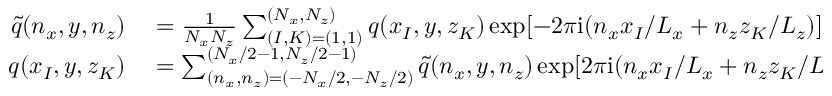
\begin{array} { r l } { \tilde { q } ( n _ { x } , y , n _ { z } ) } & { { } = \frac { 1 } { N _ { x } N _ { z } } \sum _ { ( I , K ) = ( 1 , 1 ) } ^ { ( N _ { x } , N _ { z } ) } q ( x _ { I } , y , z _ { K } ) \exp [ - 2 \pi \mathrm { i } ( n _ { x } x _ { I } / L _ { x } + n _ { z } z _ { K } / L _ { z } ) ] , } \\ { q ( x _ { I } , y , z _ { K } ) } & { { } = \sum _ { ( n _ { x } , n _ { z } ) = ( - N _ { x } / 2 , - N _ { z } / 2 ) } ^ { ( N _ { x } / 2 - 1 , N _ { z } / 2 - 1 ) } \tilde { q } ( n _ { x } , y , n _ { z } ) \exp [ 2 \pi \mathrm { i } ( n _ { x } x _ { I } / L _ { x } + n _ { z } z _ { K } / L _ { z } ) ] , } \end{array}